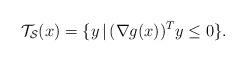
LaTeX: \begin{align*}\mathcal{T_S}(x)=\{y\,|\,(\nabla g(x))^Ty\leq0\}.\end{align*}